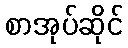
စာအုပ်ဆိုင်